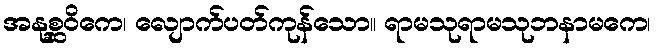
အနုစ္ဆဝိကေ၊ လျောက်ပတ်ကုန်သော။ ရာမသုရာမသုဘနာမကေ၊